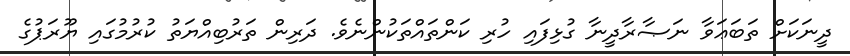
ދީނަކަށް ތަބަޢަވާ ނަޞާރާދީނާ ގުޅިފައި ހުރި ކަންތައްތަކުންނެވެ. ދަރިން ތަރުބިއްޔަތު ކުރުމުގައި ޔޫރަޕުގެ